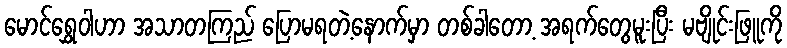
မောင်ရွှေဝါဟာ အသာတကြည် ပြောမရတဲ့နောက်မှာ တစ်ခါတော့ အရက်တွေမူးပြီး မဗျိုင်းဖြူကို